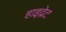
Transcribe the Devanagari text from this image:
हाइद्रेट